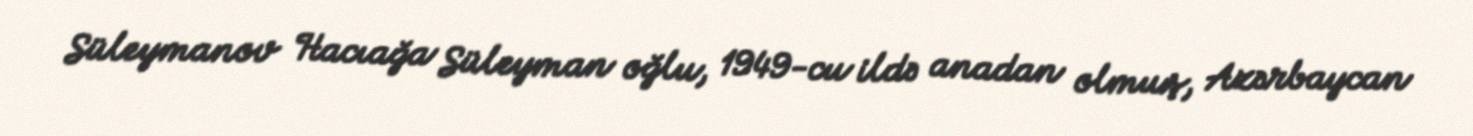
Süleymanov Hacıağa Süleyman oğlu, 1949-cu ildə anadan olmuş, Azərbaycan